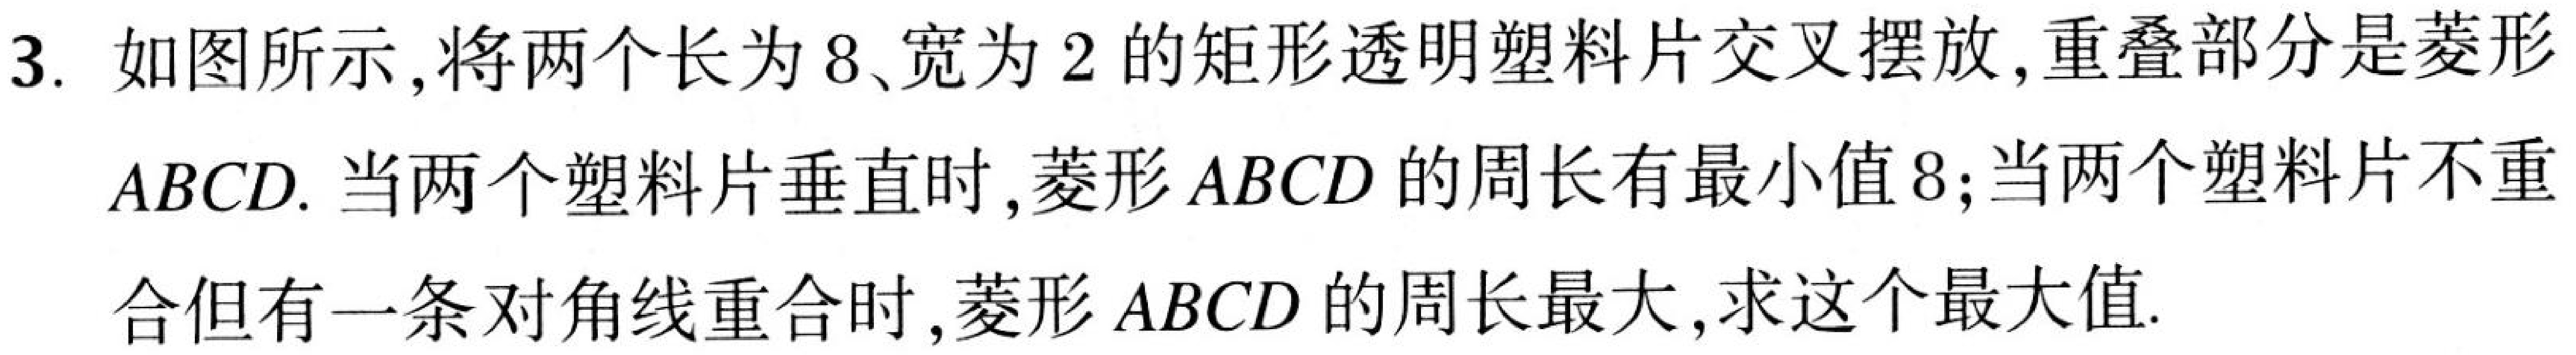
3. 如图所示，将两个长为8、宽为2的矩形透明塑料片交叉摆放，重叠部分是菱形
$ABCD$. 当两个塑料片垂直时，菱形$ABCD$的周长有最小值8；当两个塑料片不重
合但有一条对角线重合时，菱形$ABCD$的周长最大，求这个最大值.